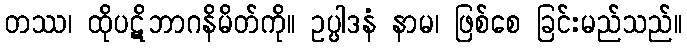
တဿ၊ ထိုပဋိဘာဂနိမိတ်ကို။ ဥပ္ပါဒနံ နာမ၊ ဖြစ်စေ ခြင်းမည်သည်။